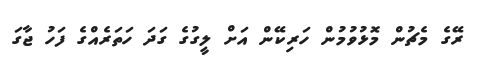
ރޭގެ މެޗުން މޮޅުވުމުން ހަރިކޭން އަށް ލީގުގެ ގަދަ ހަތަރެއްގެ ފަހު ޖާގަ